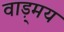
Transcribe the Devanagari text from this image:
वाड़्मय